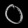
Digit: ၀